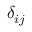
\delta _ { i j }